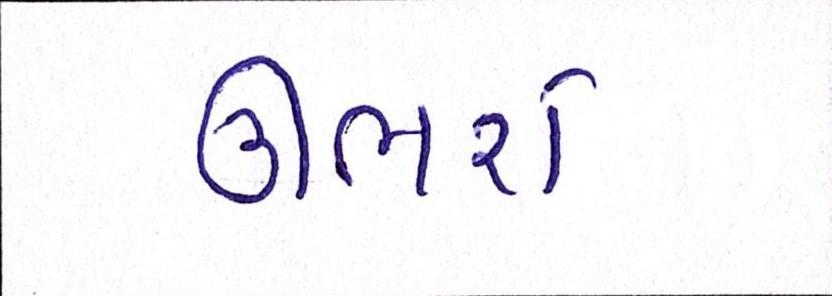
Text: ઊભરો